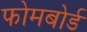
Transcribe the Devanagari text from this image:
फोमबोर्ड